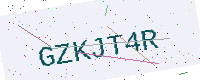
Text: GZKJT4R